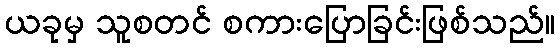
ယခုမှ သူစတင် စကားပြောခြင်းဖြစ်သည်။